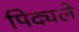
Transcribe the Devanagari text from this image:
पिद्यले